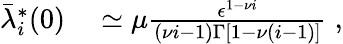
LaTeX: \begin{array}{rl}{\bar{\lambda}_{i}^{*}(0)}&{{}\simeq\mu\frac{\epsilon^{1-\nu i}}{(\nu i-1)\Gamma\left[1-\nu(i-1)\right]}\; ,}\end{array}